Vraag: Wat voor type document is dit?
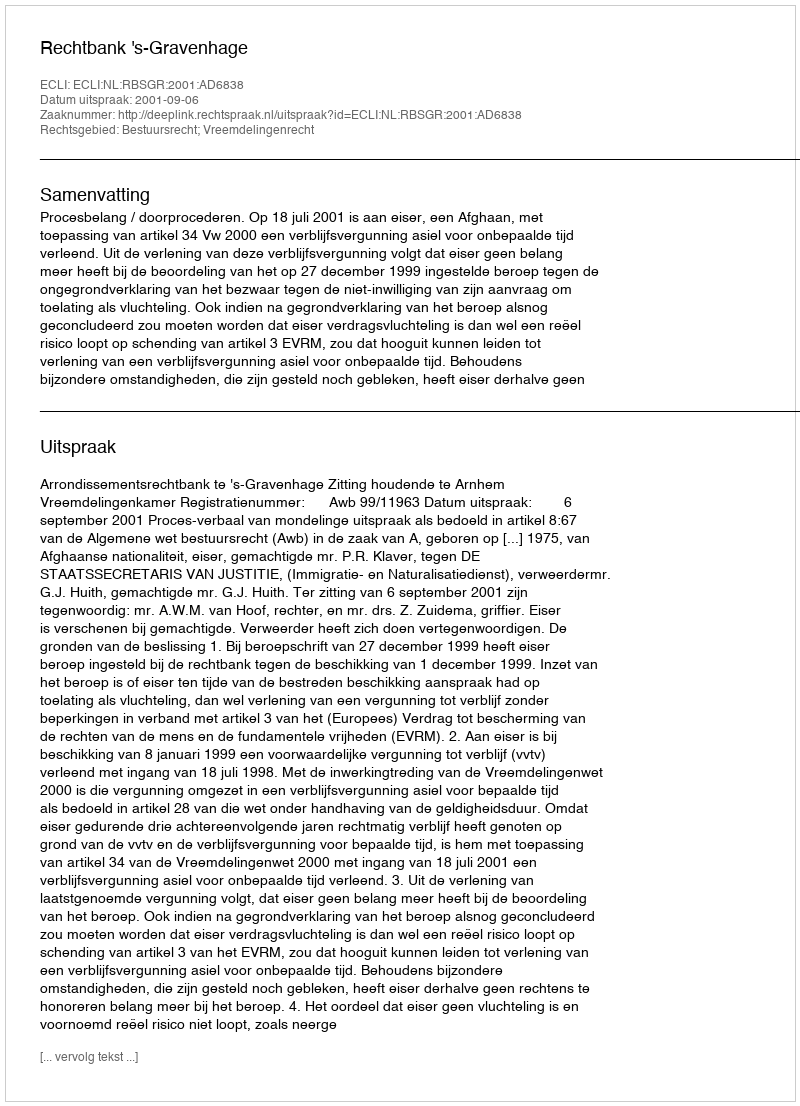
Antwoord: Uitspraak